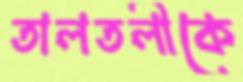
তালতলীকে